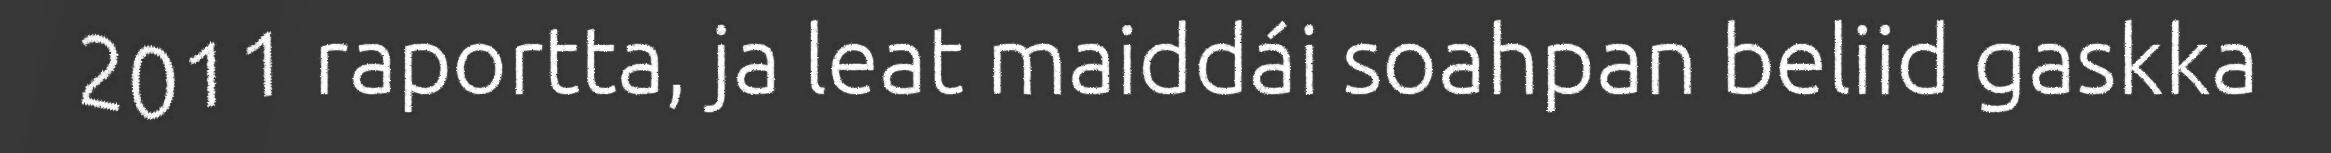
2011 raportta, ja leat maiddái soahpan beliid gaskka